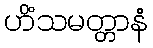
ဟိံသမတ္တာနံ